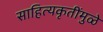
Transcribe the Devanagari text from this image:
साहित्यकृतींमुळे